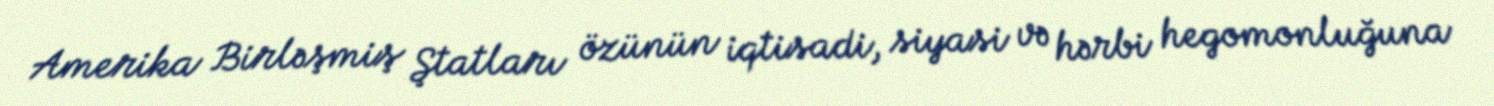
Amerika Birləşmiş Ştatları özünün iqtisadi, siyasi və hərbi hegomonluğuna